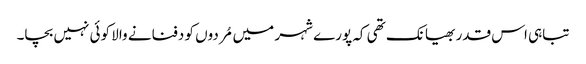
تباہی اس قدر بھیانک تھی کہ پورے شہر میں مُردوں کو دفنانے والا کوئی نہیں بچا۔